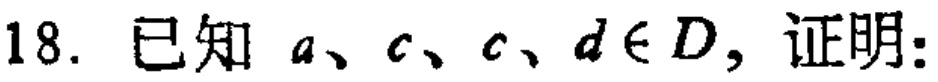
18. 已知 \(a、c、c、d\in D\)，证明：